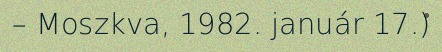
– Moszkva, 1982. január 17.)